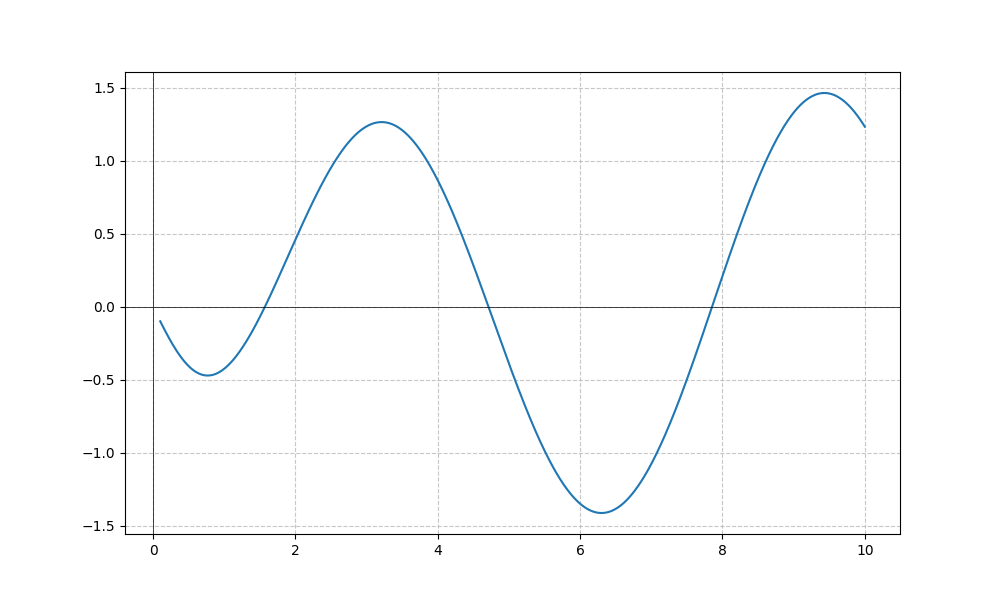
LaTeX formula: - \cos{\left(x \right)} \operatorname{atan}{\left(x \right)}